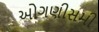
ઓગણીસમી